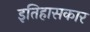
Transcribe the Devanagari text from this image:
इतिहासकार